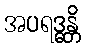
အပရဒ္ဓန္တိ